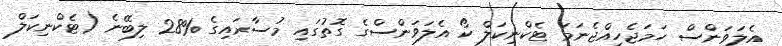
އެލަވަންސް ހަމަޖެހިއްޖެނަމަ ޓެކްނިކަލް ކޯ އެލަވަންސްގެ ގޮތުގައި މުސާރައިގެ %28 ލިބޭނެ (ޓެކްނިކަލް